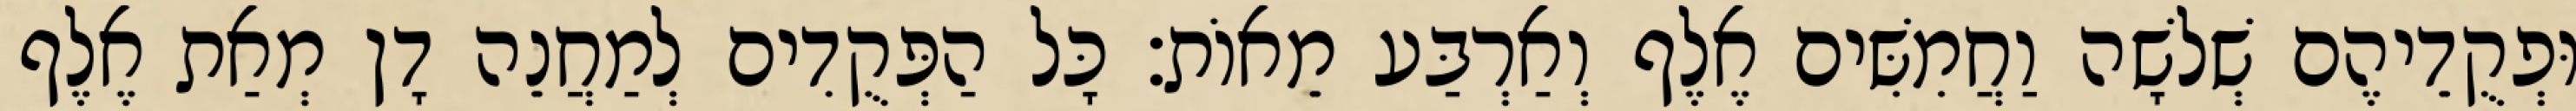
וּפְקֻדֵיהֶם שְׁלשָׁה וַחֲמִשִּׁים אֶלֶף וְאַרְבַּע מֵאוֹת׃ כָּל הַפְּקֻדִים לְמַחֲנֵה דָן מְאַת אֶלֶף